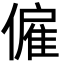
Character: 僱